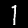
Label: 1